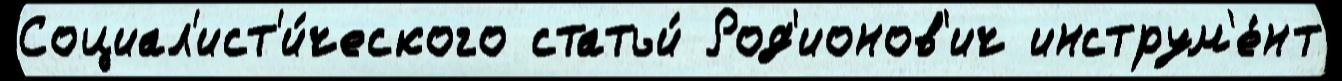
Социал'ист'и́ческого статьи́ Род'ионов'ич инструм'е́нт